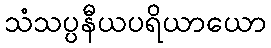
သံသပ္ပနီယပရိယာယော